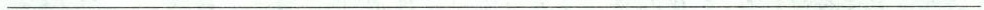
___